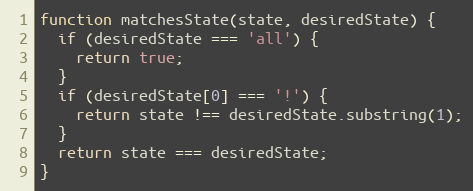
Language: JavaScript
function matchesState(state, desiredState) {
  if (desiredState === 'all') {
    return true;
  }
  if (desiredState[0] === '!') {
    return state !== desiredState.substring(1);
  }
  return state === desiredState;
}